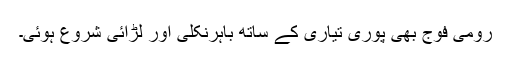
رومی فوج بھی پوری تیاری کے ساتھ باہرنکلی اور لڑائی شروع ہوئی۔